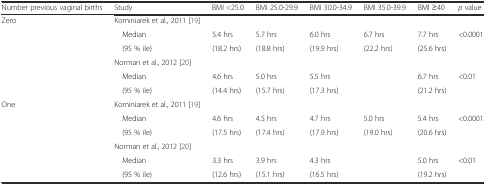
| Number previous vaginal births | Study | BMI <25.0 | BMI 25.0-29.9 | BMI 30.0-34.9 | BMI 35.0-39.9 | BMI ≥40 | p value |
 | --- | --- | --- | --- | --- | --- | --- | --- |
 | <ROWSPAN=6> Zero | Kominiarek et al., 2011 [19] |  |  |  |  |  |  |
 | Median | 5.4 hrs | 5.7 hrs | 6.0 hrs | 6.7 hrs | 7.7 hrs | <ROWSPAN=2> <0.0001 |
 | (95 % ile) | (18.2 hrs) | (18.8 hrs) | (19.9 hrs) | (22.2 hrs) | (25.6 hrs) |
 | Norman et al., 2012 [20] |  |  | <COLSPAN=2>  |  |  |
 | Median | 4.6 hrs | 5.0 hrs | <COLSPAN=2> 5.5 hrs | 6.7 hrs | <ROWSPAN=2> <0.01 |
 | (95 % ile) | (14.4 hrs) | (15.7 hrs) | <COLSPAN=2> (17.3 hrs) | (21.2 hrs) |
 | <ROWSPAN=6> One | Kominiarek et al., 2011 [19] |  |  |  |  |  |  |
 | Median | 4.6 hrs | 4.5 hrs | 4.7 hrs | 5.0 hrs | 5.4 hrs | <ROWSPAN=2> <0.0001 |
 | (95 % ile) | (17.5 hrs) | (17.4 hrs) | (17.9 hrs) | (19.0 hrs) | (20.6 hrs) |
 | Norman et al., 2012 [20] |  |  | <COLSPAN=2>  |  |  |
 | Median | 3.3 hrs | 3.9 hrs | <COLSPAN=2> 4.3 hrs | 5.0 hrs | <ROWSPAN=2> <0.01 |
 | (95 % ile) | (12.6 hrs) | (15.1 hrs) | <COLSPAN=2> (16.5 hrs) | (19.2 hrs) |